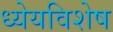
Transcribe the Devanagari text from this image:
ध्येयविशेष